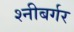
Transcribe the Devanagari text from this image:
श्नीबर्गर